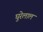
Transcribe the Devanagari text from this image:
घुरेलाल